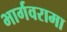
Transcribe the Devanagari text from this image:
भार्गवरामा